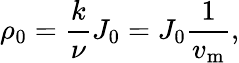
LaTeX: \rho_{0}=\frac{k}{\nu}J_{0}=J_{0}\frac{1}{v_{\mathrm{{m}}}},